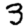
Digit: 3